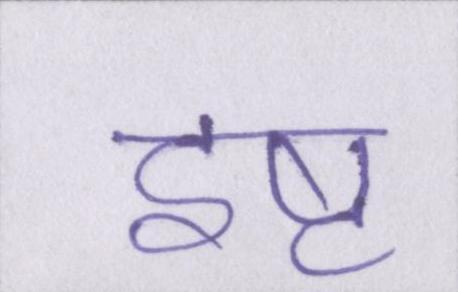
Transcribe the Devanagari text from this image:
इष्ट